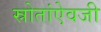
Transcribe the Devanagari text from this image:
स्रोतांऐवजी